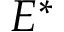
E ^ { * }